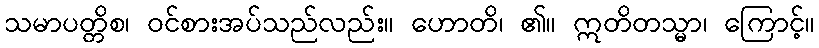
သမာပတ္တိစ၊ ဝင်စားအပ်သည်လည်း။ ဟောတိ၊ ၏။ ဣတိတသ္မာ၊ ကြောင့်။